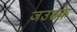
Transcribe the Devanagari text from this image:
जउच्चके